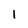
Character: i